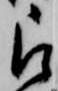
被